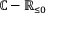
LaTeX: \mathbb { C } - \mathbb { R } _ { \leq 0 }